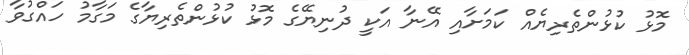
މޮޅު ކުޅުންތެރިޔެއް ކަމަށާއި އޭނާ އަކީ ދުނިޔޭގެ މޮޅު ކުޅުންތެރިޔާގެ މަގާމު ހައްގުވާ